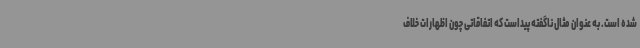
شده است. به عنوان مثال ناگفته پیداست که اتفاقاتی چون اظهارات خلاف